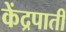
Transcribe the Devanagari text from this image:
केंद्रपाती